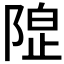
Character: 𱀦